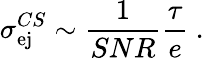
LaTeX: \sigma_{\mathrm{ej}}^{CS}\sim\frac{1}{SNR}\frac{\tau}{e}~.